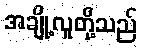
အချို့လူတို့သည်